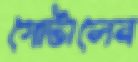
গোটালেন